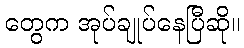
တွေက အုပ်ချုပ်နေပြီဆို။